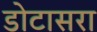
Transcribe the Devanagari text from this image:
डोटासरा